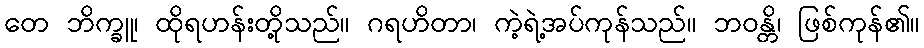
တေ ဘိက္ခူ၊ ထိုရဟန်းတို့သည်။ ဂရဟိတာ၊ ကဲ့ရဲ့အပ်ကုန်သည်။ ဘဝန္တိ၊ ဖြစ်ကုန်၏။